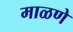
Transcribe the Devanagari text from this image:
माळणे